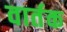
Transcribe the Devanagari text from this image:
वार्तक